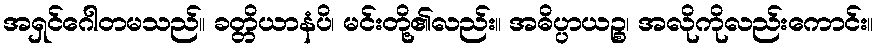
အရှင်ဂေါတမသည်။ ခတ္တိယာနံပိ၊ မင်းတို့၏လည်း။ အဓိပ္ပာယဉ္စ၊ အလိုကိုလည်းကောင်း။